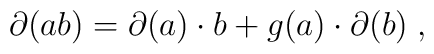
\partial(ab)=\partial (a)\cdot b+g(a)\cdot \partial (b) \;,